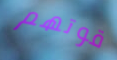
قوتهم